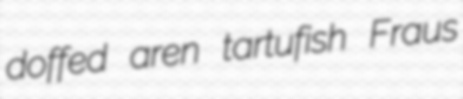
doffed aren tartufish Fraus